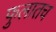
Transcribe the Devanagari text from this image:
फुलातच